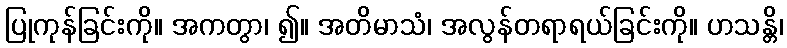
ပြုကုန်ခြင်းကို။ အကတွာ၊ ၍။ အတိမာသံ၊ အလွန်တရာရယ်ခြင်းကို။ ဟသန္တိ၊